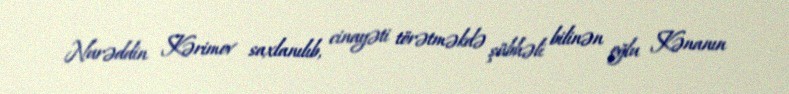
Nurəddin Kərimov saxlanılıb, cinayəti törətməkdə şübhəli bilinən oğlu Kənanın